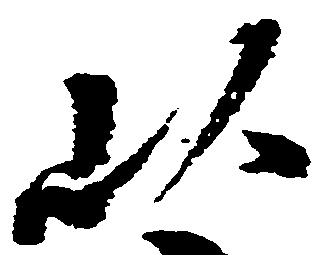
以